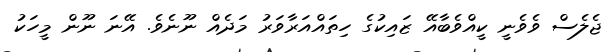
ޖެލެސް ވެވެނީ ކީއްވެބާއޭ ޒައިކުގެ ހިތައްއަރާވަރު މަދެއް ނޫނެވެ. އޭނަ ނޫން މީހަކު